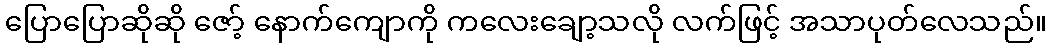
ပြောပြောဆိုဆို ဇော့် နောက်ကျောကို ကလေးချော့သလို လက်ဖြင့် အသာပုတ်လေသည်။